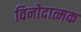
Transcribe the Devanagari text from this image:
विनोदात्मक